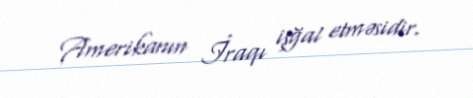
Amerikanın İraqı işğal etməsidir.